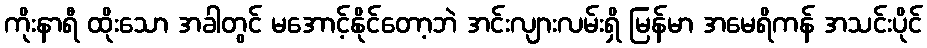
ကိုးနာရီ ထိုးသော အခါတွင် မအောင့်နိုင်တော့ဘဲ အင်းလျားလမ်းရှိ မြန်မာ အမေရိကန် အသင်းပိုင်